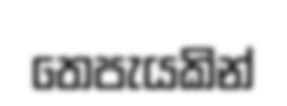
තෙපැයකින්